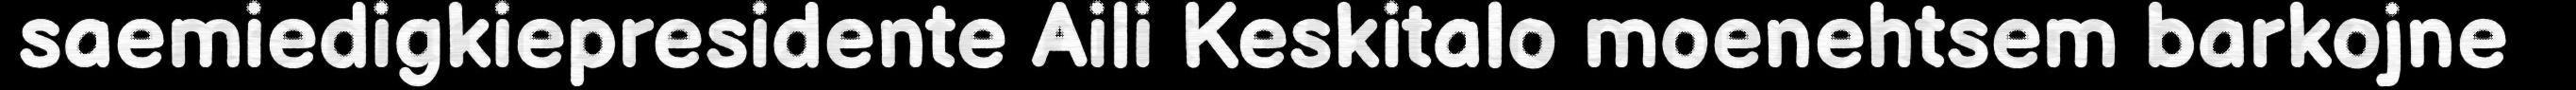
saemiedigkiepresidente Aili Keskitalo moenehtsem barkojne